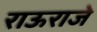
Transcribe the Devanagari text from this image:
राऊराजे